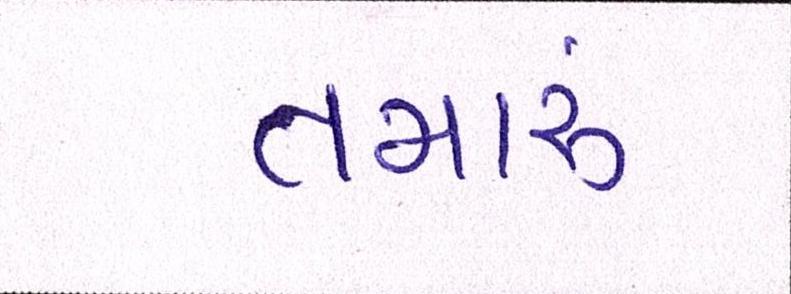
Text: તમારું